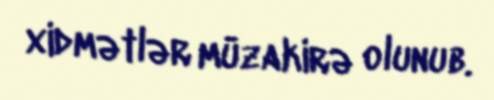
xidmətlər müzakirə olunub.